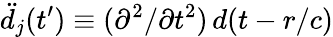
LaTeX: \ddot{d}_{j}(t^{\prime})\equiv(\partial^{2}/\partial t^{2})\, d(t-r/c)